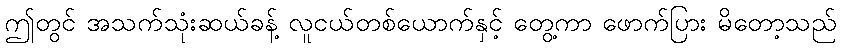
ဤတွင် အသက်သုံးဆယ်ခန့် လူငယ်တစ်ယောက်နှင့် တွေ့ကာ ဖောက်ပြား မိတော့သည်